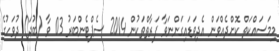
މިމަސައްކަތް ކޮށްދެއްވަން އެދިވަޑައިގަންނަވާ ފަރާތްތަކުން 2014 ސެޕްޓެންބަރު 03 ވާ (ބުދަ) ދުވަހުގެ